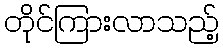
တိုင်ကြားလာသည့်